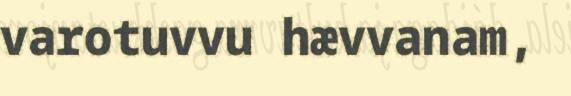
varotuvvu hævvanam,